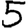
Digit: 5